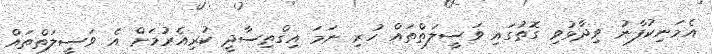
އެމަނިކުފާނު ވިދާޅުވި ގޮތުގައި ވަސީލަތްތައް ހުރި ނަމަ އިގްތިސާދީ ކުރިއެރުމަށް އެ ވަސީލަތްތައް